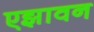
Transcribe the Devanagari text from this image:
एझावन